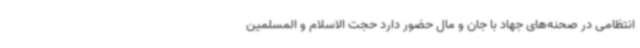
انتظامی در صحنه‌های جهاد با جان و مال حضور دارد حجت الاسلام و المسلمین